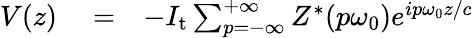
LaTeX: \begin{array}{rlr}{V(z)}&{{}=}&{-I_{\mathrm{t}}\sum_{p=-\infty}^{+\infty}Z^{\ast}(p\omega_{0})e^{ip\omega_{0}z/c}}\end{array}